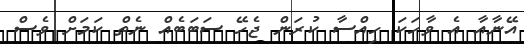
އޭނާއާ އެ ވާހަކަ ހިއްސާ ކުރަން ޖެހޭ ސަބަބެއް ނެތް ކަމަށް ވެސް